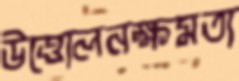
উত্তোলনক্ষমতা